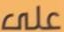
على